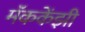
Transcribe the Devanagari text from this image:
मॅककेंझी